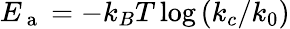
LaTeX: E_{\mathrm{~a~}}=-k_{B}T\log{\left(k_{c}/k_{0}\right)}